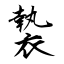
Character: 褺